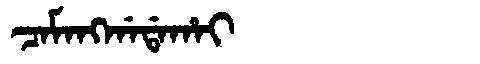
Manchu: ᠴᠠᠮᠠᠩᡤᠠᡩᠠᡥᠠᡳ
Romanization: CAMANGGADAHAI